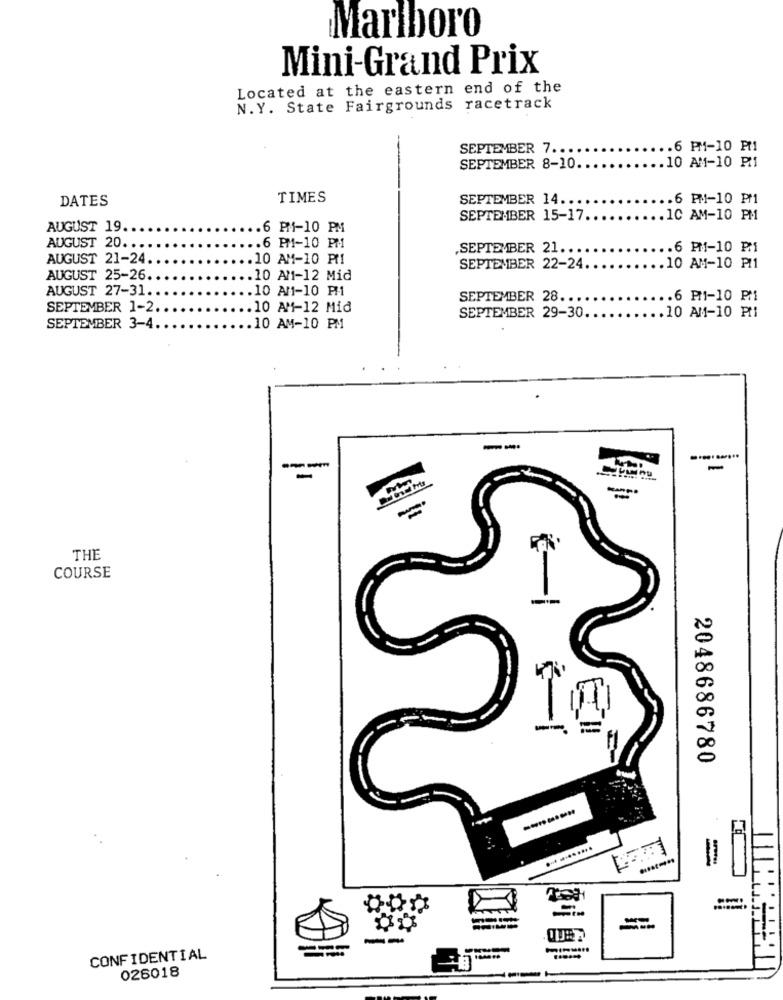
Marlboro
Mini-Grand Prix
Located at the eastern end of the
N.Y. State Fairgrounds racetrack
SEPTEMBER 7 ...
.6 PM-10 PM1
.10 AM-10 PM1
SEPTEMBER 8-10
DATES
TIMES
SEPTEMBER 14 ..
.6 PM-10 PM1
SEPTEMBER 15-17.
.1C AM-10 PM
AUGUST 19.
.6 PM-10 PM
AUGUST 20 ..
.6 PM-10 PM
.SEPTEMBER 21.
.6 PM-10 PM1
AUGUST 21-24.
.10 AM-10 PM1
SEPTEMBER 22-24.
.10 AM-10 PI1
AUGUST 25-26.
.10 AM-12 Mid
AUGUST 27-31.
10 AM1-10 PM1
SEPTEMBER 28.
.. 6 P1-10 PM
SEPTEMBER 1-2.
.10 AM-12 Mid
SEPTEMBER 29-30.
.10 AM-10 Pt1
SEPTEMBER 3-4 ..
.10 AM-10 PM
--
1
-
THE
COURSE
2048686780
-
CONFIDENTIAL
026018